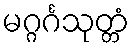
မဂ္ဂင်္ဂသုတ္တံ